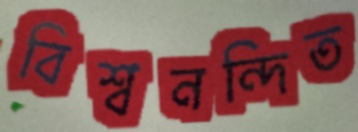
বিশ্বনন্দিত